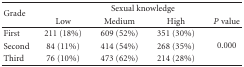
<table><thead><tr><td rowspan="2"><b>Grade</b></td><td colspan="4"><b>Sexual knowledge</b></td></tr><tr><td><b>Low</b></td><td><b>Medium</b></td><td><b>High</b></td><td><b><i>P</i> value</b></td></tr></thead><tbody><tr><td>First</td><td>211 (18%)</td><td>609 (52%)</td><td>351 (30%)</td><td rowspan="3">0.000</td></tr><tr><td>Second</td><td>84 (11%)</td><td>414 (54%)</td><td>268 (35%)</td></tr><tr><td>Third</td><td>76 (10%)</td><td>473 (62%)</td><td>214 (28%)</td></tr></tbody></table>